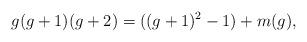
LaTeX: \begin{align*} g(g+1)(g+2) = ((g+1)^2-1)+m(g),\end{align*}